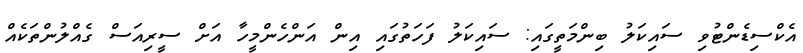
އެކްސިޑެންޓުވި ސައިކަލު ބިންމަތީގައި: ސައިކަލު ފަހަތުގައި އިން އަންހެންމީހާ އަށް ސީރިއަސް ގެއްލުންތަކެއް